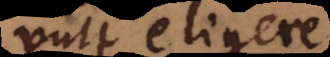
velle eligere